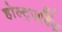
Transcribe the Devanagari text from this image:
होल्ट्ज़ब्रिंक